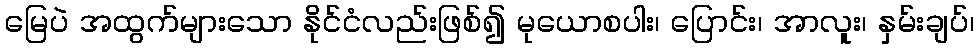
မြေပဲ အထွက်များသော နိုင်ငံလည်းဖြစ်၍ မုယောစပါး၊ ပြောင်း၊ အာလူး၊ နှမ်းချပ်၊